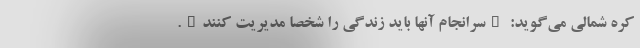
کره شمالی می‌گوید: "سرانجام آنها باید زندگی را شخصا مدیریت کنند".